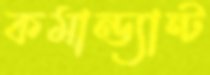
কমান্ড্যান্ট